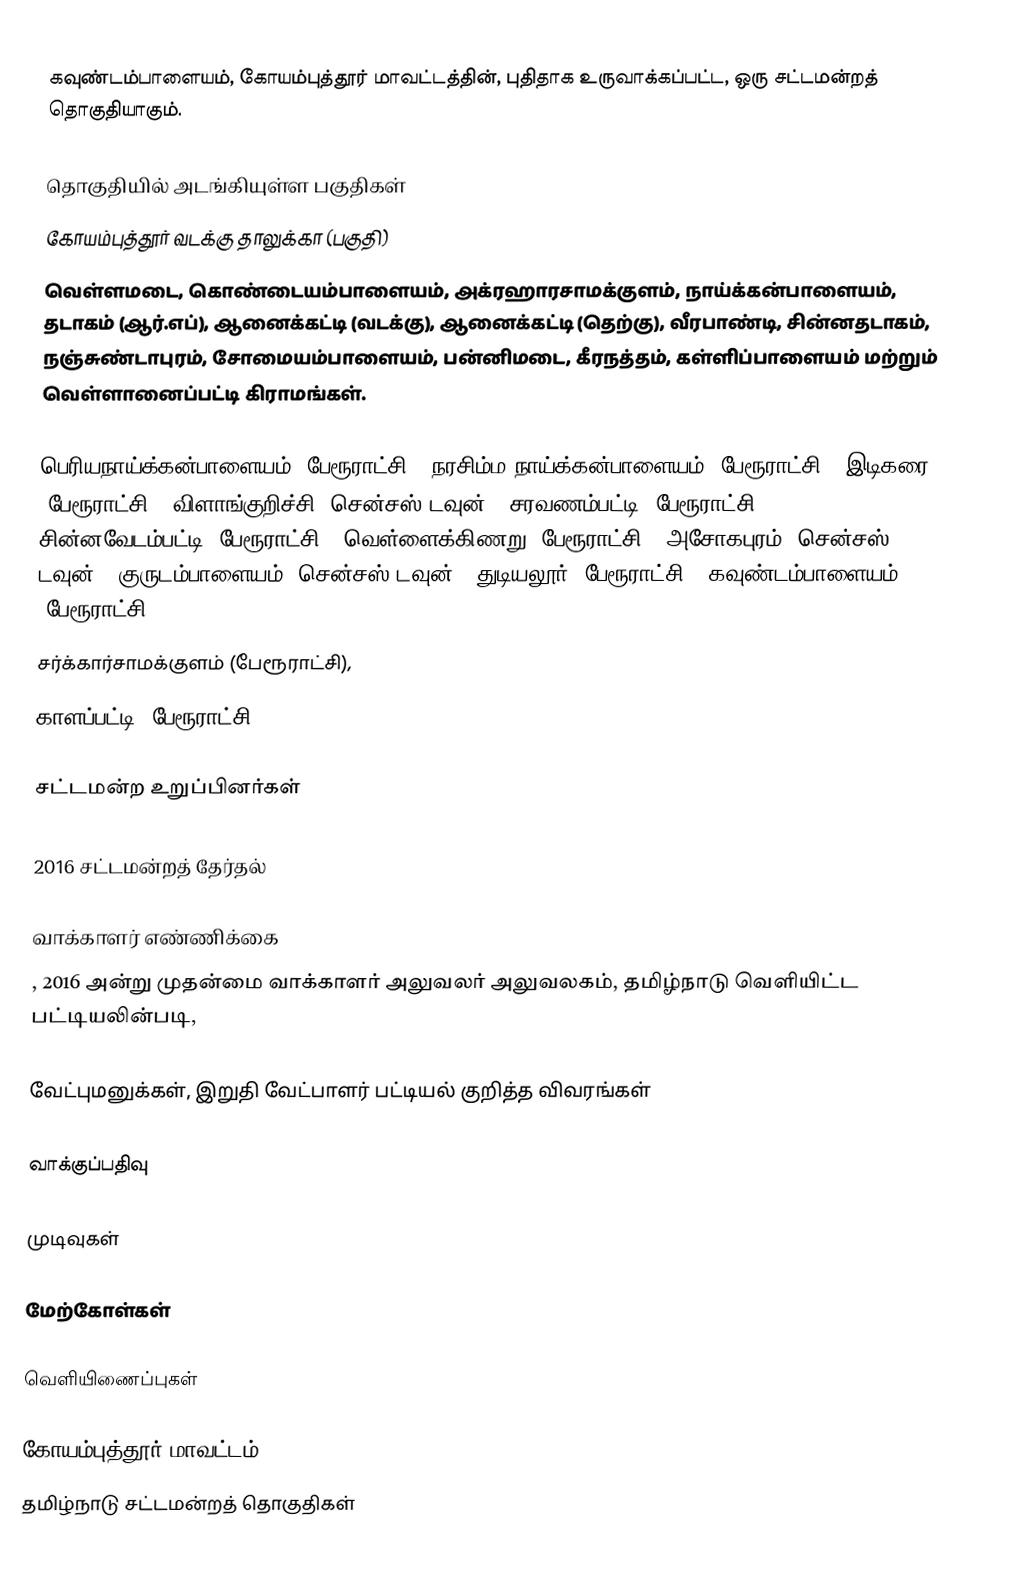
கவுண்டம்பாளையம், கோயம்புத்தூர் மாவட்டத்தின், புதிதாக உருவாக்கப்பட்ட, ஒரு சட்டமன்றத் தொகுதியாகும்.

தொகுதியில் அடங்கியுள்ள பகுதிகள்
கோயம்புத்தூர் வடக்கு தாலுக்கா (பகுதி)
வெள்ளமடை, கொண்டையம்பாளையம், அக்ரஹாரசாமக்குளம், நாய்க்கன்பாளையம், தடாகம் (ஆர்.எப்), ஆனைக்கட்டி (வடக்கு), ஆனைக்கட்டி (தெற்கு), வீரபாண்டி, சின்னதடாகம், நஞ்சுண்டாபுரம், சோமையம்பாளையம், பன்னிமடை, கீரநத்தம், கள்ளிப்பாளையம் மற்றும் வெள்ளானைப்பட்டி கிராமங்கள்.

பெரியநாய்க்கன்பாளையம் (பேரூராட்சி), நரசிம்ம நாய்க்கன்பாளையம் (பேரூராட்சி), இடிகரை (பேரூராட்சி), விளாங்குறிச்சி (சென்சஸ் டவுன்), சரவணம்பட்டி (பேரூராட்சி), சின்னவேடம்பட்டி (பேரூராட்சி), வெள்ளைக்கிணறு (பேரூராட்சி), அசோகபுரம் (சென்சஸ் டவுன்), குருடம்பாளையம் (சென்சஸ் டவுன்), துடியலூர் (பேரூராட்சி), கவுண்டம்பாளையம் (பேரூராட்சி),
சர்க்கார்சாமக்குளம் (பேரூராட்சி),
காளப்பட்டி (பேரூராட்சி).

சட்டமன்ற உறுப்பினர்கள்

2016 சட்டமன்றத் தேர்தல்

வாக்காளர் எண்ணிக்கை
, 2016 அன்று முதன்மை வாக்காளர் அலுவலர் அலுவலகம், தமிழ்நாடு வெளியிட்ட பட்டியலின்படி,

வேட்புமனுக்கள், இறுதி வேட்பாளர் பட்டியல் குறித்த விவரங்கள்

வாக்குப்பதிவு

முடிவுகள்

மேற்கோள்கள்

வெளியிணைப்புகள்

கோயம்புத்தூர் மாவட்டம்
தமிழ்நாடு சட்டமன்றத் தொகுதிகள்